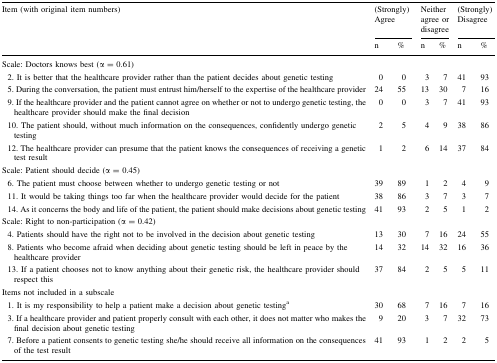
<table><thead><tr><td rowspan="2"><b>Item (with original item numbers)</b></td><td colspan="2"><b>(Strongly) Agree</b></td><td colspan="2"><b>Neither agree or disagree</b></td><td colspan="2"><b>(Strongly) Disagree</b></td></tr><tr><td><b>n</b></td><td><b>%</b></td><td><b>n</b></td><td><b>%</b></td><td><b>n</b></td><td><b>%</b></td></tr></thead><tbody><tr><td>Scale: Doctors knows best (α = 0.61)</td><td></td><td></td><td></td><td></td><td></td><td></td></tr><tr><td> 2. It is better that the healthcare provider rather than the patient decides about genetic testing</td><td>0</td><td>0</td><td>3</td><td>7</td><td>41</td><td>93</td></tr><tr><td> 5. During the conversation, the patient must entrust him/herself to the expertise of the healthcare provider</td><td>24</td><td>55</td><td>13</td><td>30</td><td>7</td><td>16</td></tr><tr><td> 9. If the healthcare provider and the patient cannot agree on whether or not to undergo genetic testing, the healthcare provider should make the final decision</td><td>0</td><td>0</td><td>3</td><td>7</td><td>41</td><td>93</td></tr><tr><td> 10. The patient should, without much information on the consequences, confidently undergo genetic testing</td><td>2</td><td>5</td><td>4</td><td>9</td><td>38</td><td>86</td></tr><tr><td> 12. The healthcare provider can presume that the patient knows the consequences of receiving a genetic test result</td><td>1</td><td>2</td><td>6</td><td>14</td><td>37</td><td>84</td></tr><tr><td>Scale: Patient should decide (α = 0.45)</td><td></td><td></td><td></td><td></td><td></td><td></td></tr><tr><td> 6. The patient must choose between whether to undergo genetic testing or not</td><td>39</td><td>89</td><td>1</td><td>2</td><td>4</td><td>9</td></tr><tr><td> 11. It would be taking things too far when the healthcare provider would decide for the patient</td><td>38</td><td>86</td><td>3</td><td>7</td><td>3</td><td>7</td></tr><tr><td> 14. As it concerns the body and life of the patient, the patient should make decisions about genetic testing</td><td>41</td><td>93</td><td>2</td><td>5</td><td>1</td><td>2</td></tr><tr><td>Scale: Right to non-participation (α = 0.42)</td><td></td><td></td><td></td><td></td><td></td><td></td></tr><tr><td> 4. Patients should have the right not to be involved in the decision about genetic testing</td><td>13</td><td>30</td><td>7</td><td>16</td><td>24</td><td>55</td></tr><tr><td> 8. Patients who become afraid when deciding about genetic testing should be left in peace by the healthcare provider</td><td>14</td><td>32</td><td>14</td><td>32</td><td>16</td><td>36</td></tr><tr><td> 13. If a patient chooses not to know anything about their genetic risk, the healthcare provider should respect this</td><td>37</td><td>84</td><td>2</td><td>5</td><td>5</td><td>11</td></tr><tr><td>Items not included in a subscale</td><td></td><td></td><td></td><td></td><td></td><td></td></tr><tr><td> 1. It is my responsibility to help a patient make a decision about genetic testing<sup>a</sup></td><td>30</td><td>68</td><td>7</td><td>16</td><td>7</td><td>16</td></tr><tr><td> 3. If a healthcare provider and patient properly consult with each other, it does not matter who makes the final decision about genetic testing</td><td>9</td><td>20</td><td>3</td><td>7</td><td>32</td><td>73</td></tr><tr><td> 7. Before a patient consents to genetic testing she/he should receive all information on the consequences of the test result</td><td>41</td><td>93</td><td>1</td><td>2</td><td>2</td><td>5</td></tr></tbody></table>